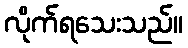
လိုက်ရသေးသည်။